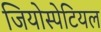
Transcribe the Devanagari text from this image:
जियोस्पेटियल